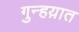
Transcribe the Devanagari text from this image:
गुन्हय़ात